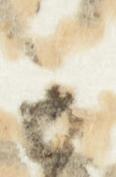
之